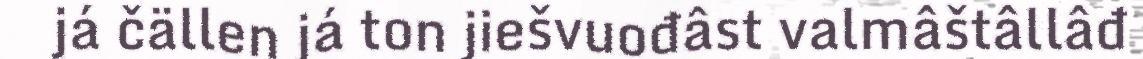
já čällen já ton jiešvuođâst valmâštâllâđ